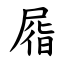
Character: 㞛